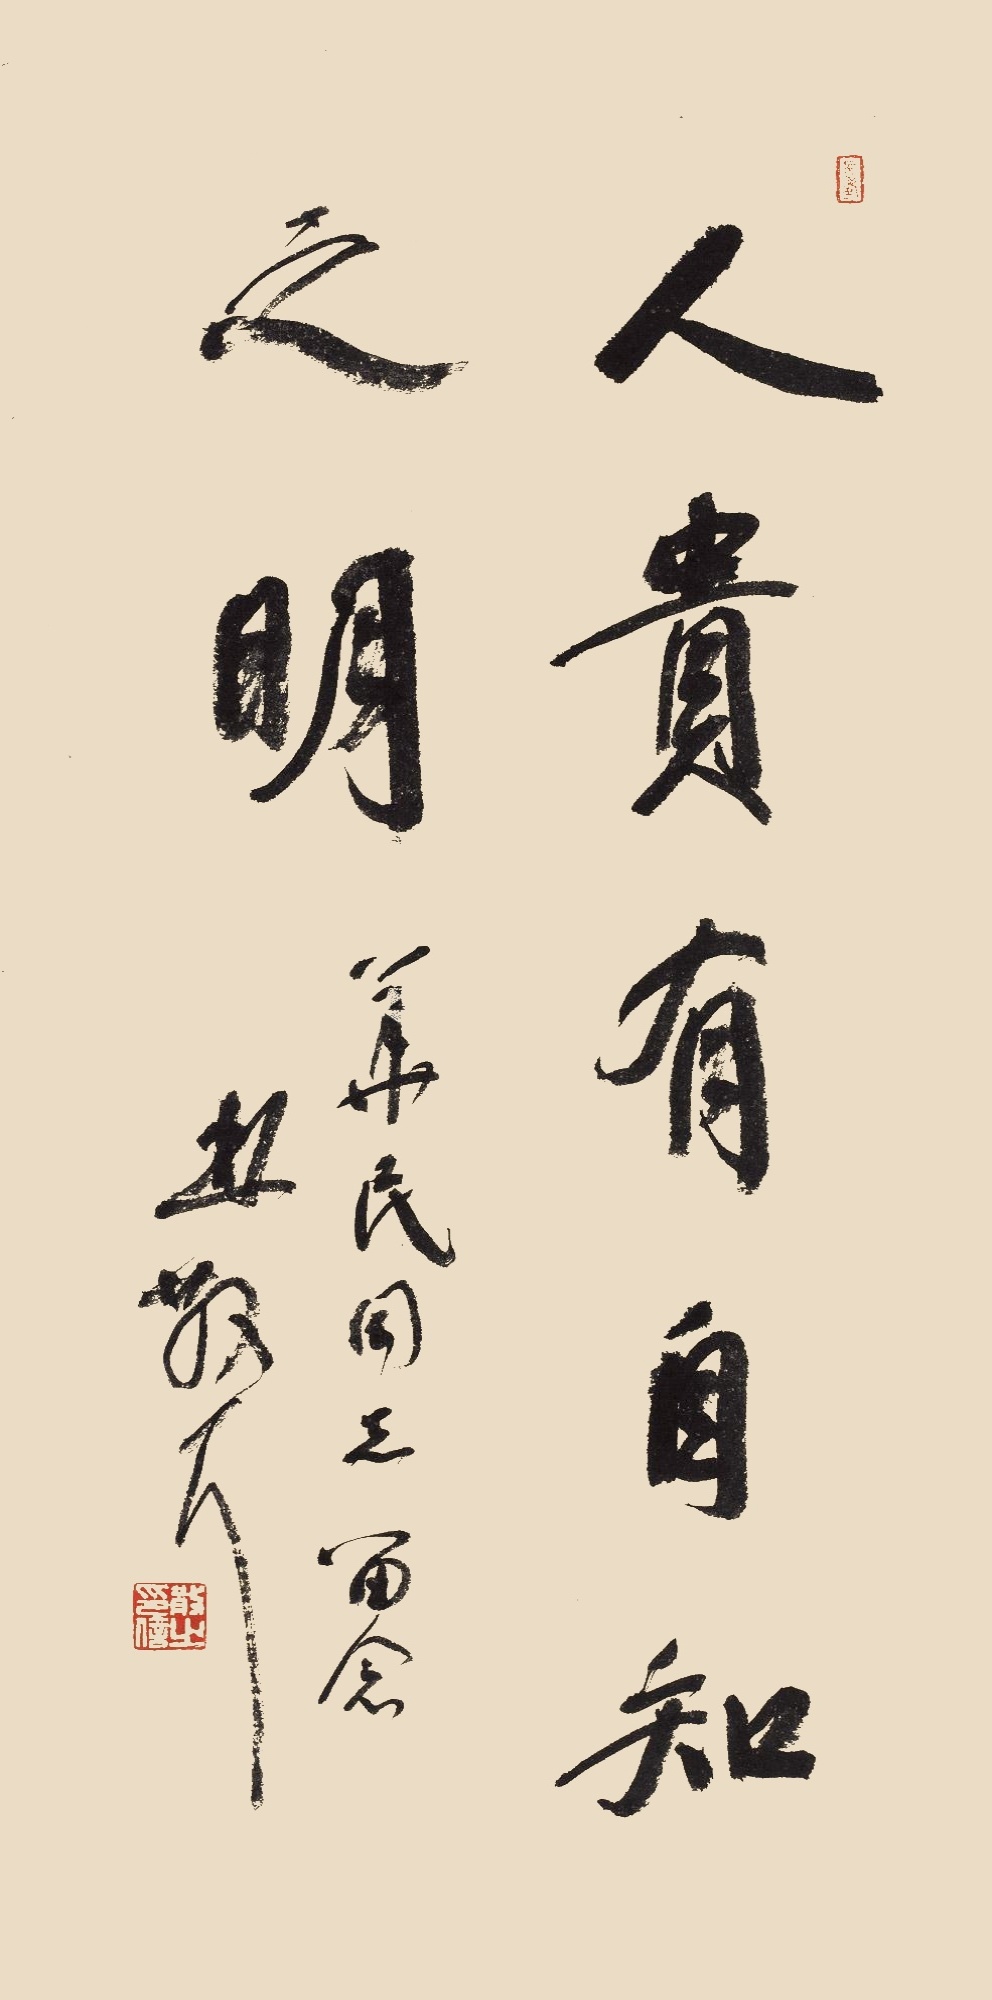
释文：人贵有自知之明。华民同志留念，林散耳。